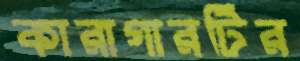
কারাগারটির